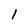
Character: 1